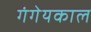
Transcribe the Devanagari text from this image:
गंगेयकाल